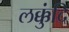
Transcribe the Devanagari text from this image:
लक्कुंदि